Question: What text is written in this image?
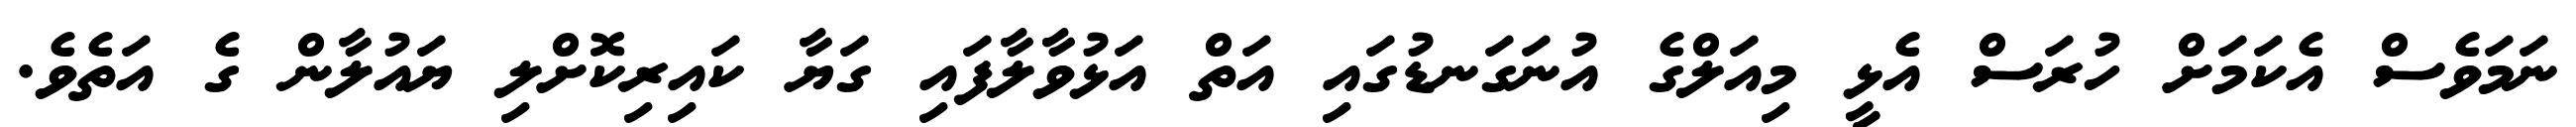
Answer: ނަމަވެސް އެކަމަށް ހުރަސް އެޅީ މިއަލްގެ އުނަގަނޑުގައި އަތް އަޅުވާލާފައި ގަޔާ ކައިރިކޮށްލި ޔައުލާން ގެ އަތެވެ.